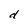
Character: d